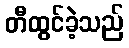
တီထွင်ခဲ့သည်